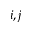
i , j